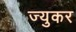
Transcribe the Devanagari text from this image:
ज्युकर